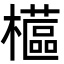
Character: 櫙